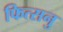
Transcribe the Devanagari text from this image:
फित्सनु